Tartu_linnavalitsus, lk 96
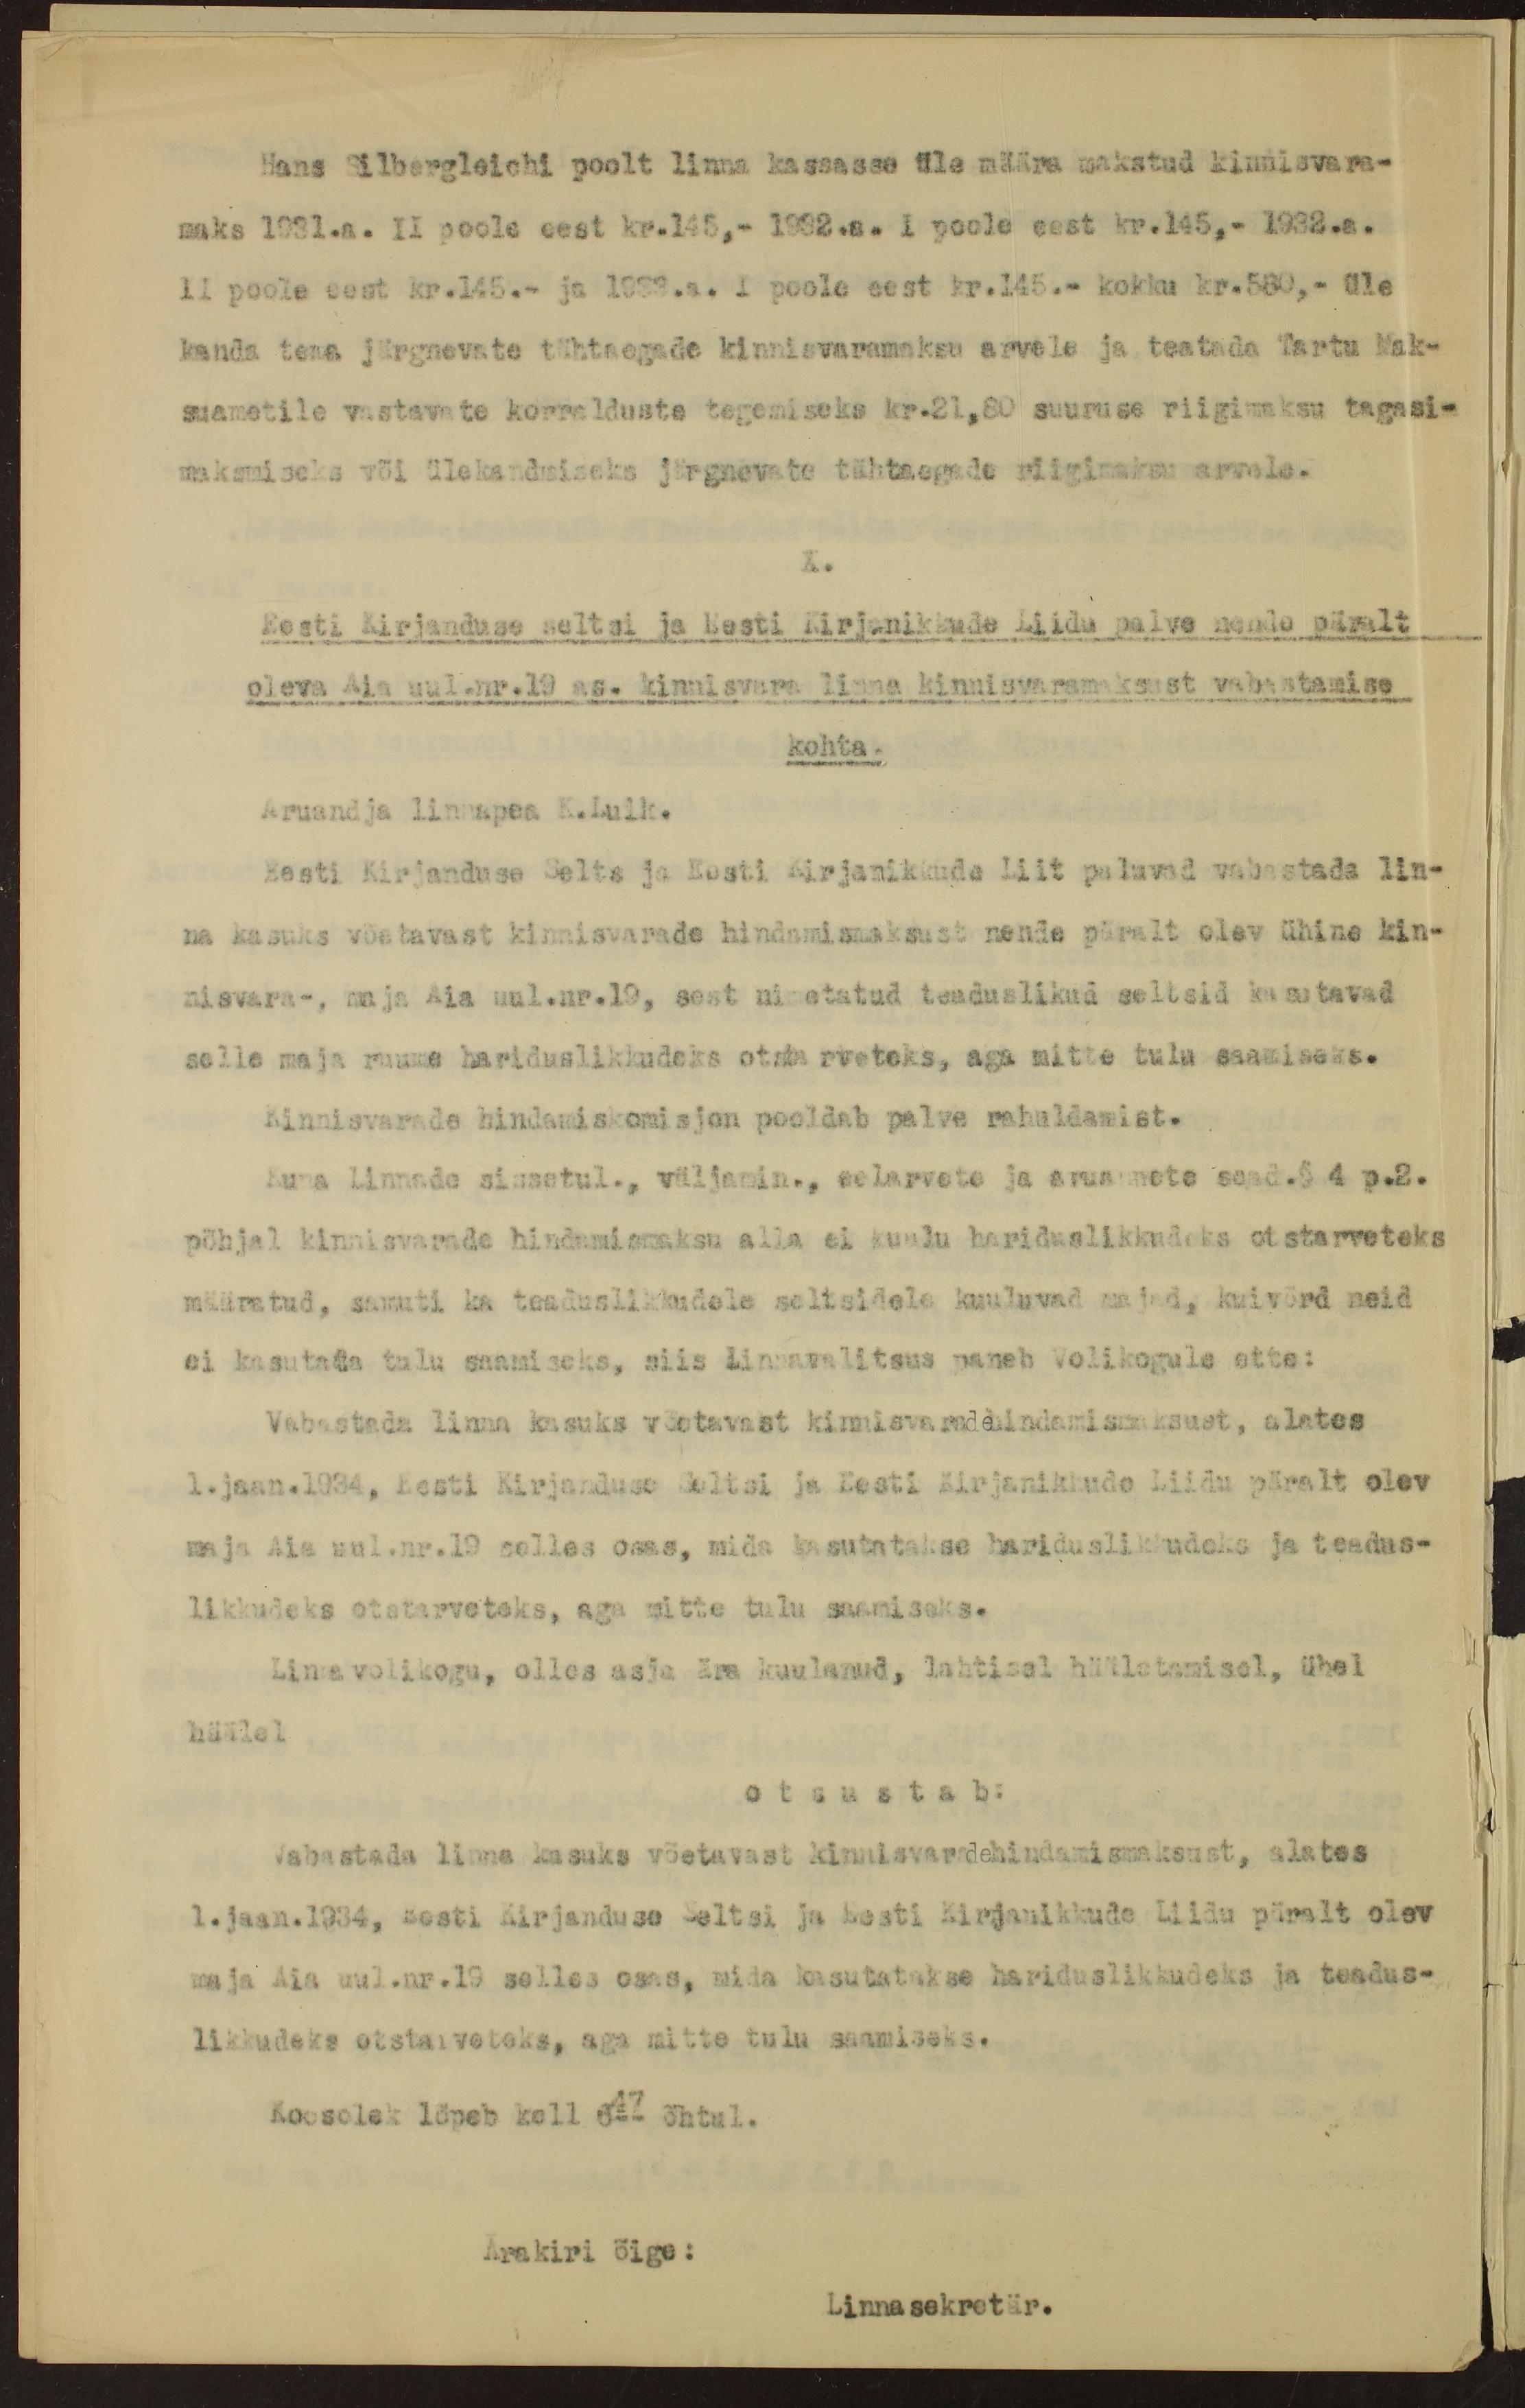
Hans Silbergleichi poolt linna kassasse üle määra makstud kinnisvara-
maks 1931.a. II poole eest kr.145.- 1932.a. I poole eest kr.145,- 1932.a.
II poole eest kr.145.- ja 1933.a. I poole eest kr.145.- kokku kr.580,- üle
kanda tema järgnevate tähtaegade kinnisvaramaksu arvele ja teatada Tartu Mak-
suametile vastavate korralduste tegemiseks kr.21,80 suuruse riigimaksu tagasi--
maksmiseks või ülekandmiseks järgnevate tähtaegade riigimaksu arvele.
X.
Eesti Kirjanduse seltsi ja Eesti Kirjanikkude Liidu palve nende päralt
oleva Aia uul.nr.19 as. kinnisvara linna kinnisvaramaksust vabastamise
kohta.
Aruandja linnapea K.Luik.
Eesti Kirjanduse Selts ja Eesti Kirjanikkude Liit paluvad vabastada lin-
na kasuks võetavast kinnisvarade hindamismaksust nende päralt olev ühine kin-
nisvara-, maja Aia uul.nr.19, sest nimetatud teaduslikud seltsid kasutavad
selle maja ruume hariduslikkudeks otstarveteks, aga mitte tulu saamiseks.
Kinnisvarade hindamiskomisjon pooldab palve rahuldamist.
Kuna linnade sissetul., väljamin., eelarvete ja aruannete sead.§4p.2.
põhjal kinnisvarade hindamismaksu alla ei kuulu hariduslikkudeks otstarveteks
määratud, samuti ka teaduslikkudele seltsidele kuuluvad majad, kuivõrd neid
ei kasutada tulu saamiseks, siis Linnavalitsus paneb Volikogule ette:
Vabastada linna kasuks võetavast kinnisvaradehindamismaksust, alates
1.jaan.1934, Eesti Kirjanduse Seltsi ja Eesti Kirjanikkude Liidu päralt olev
maja Aia uul.nr.19 selles osas, mida kasutatakse hariduslikkudeks ja teadus-
likkudeks otstarveteks, aga mitte tulu saamiseks.
Linnavolikogu, olles asja ära kuulanud, lahtisel hääletamisel, ühel
häälel
otsustab:
vabastada linna kasuks võetavast kinnisvaradehindamismaksust, alates
1.jaan.1934, Eesti Kirjanduse Seltsi ja Eesti Kirjanikkude Liidu päralt olev
maja Aia uul.nr.19 selles osas, mida kasutatakse hariduslikkudeks ja teadus-
likkudeks otstarveteks, aga mitte tulu saamiseks.
Koosolek lõpeb kell 647 õhtul.
Ärakiri õige:
Linnasekretär.